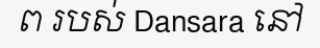
ព របស់ Dansara នៅ